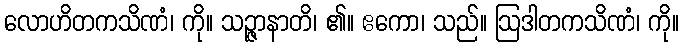
လောဟိတကသိဏံ၊ ကို။ သဉ္ဇာနာတိ၊ ၏။ ဧကော၊ သည်။ ဩဒါတကသိဏံ၊ ကို။